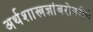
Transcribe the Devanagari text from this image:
अर्थशास्त्रज्ञांबरोबरीचे